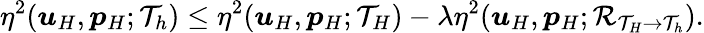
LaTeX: \eta^{2}(\boldsymbol{\mathit{u}}_{H},\boldsymbol{p}_{H};\mathcal{{T}}_{h})\leq\eta^{2}(\boldsymbol{\mathit{u}}_{H},\boldsymbol{p}_{H};\mathcal{{T}}_{H})-\lambda\eta^{2}(\boldsymbol{\mathit{u}}_{H},\boldsymbol{p}_{H};\mathcal{{R}}_{\mathcal{{T}}_{H}\rightarrow\mathcal{{T}}_{h}}).